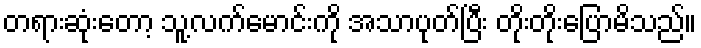
တရားဆုံးတော့ သူ့လက်မောင်းကို အသာပုတ်ပြီး တိုးတိုးပြောမိသည်။